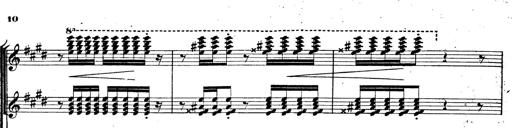
Title: BÃ©nÃ©diction et serment
Composer: Franz Liszt